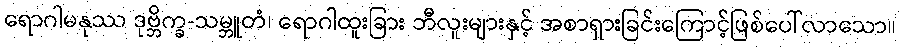
ရောဂါမနုဿ ဒုဗ္ဘိက္ခ-သမ္ဘူတံ၊ ရောဂါထူးခြား ဘီလူးများနှင့် အစာရှားခြင်းကြောင့်ဖြစ်ပေါ်လာသော။